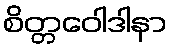
စိတ္တဝေါဒါနာ